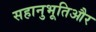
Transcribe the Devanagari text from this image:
सहानुभूतिऔर